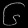
Digit: ၆